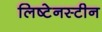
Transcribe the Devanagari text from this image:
लिष्टेनस्टीन